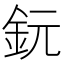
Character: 鈨